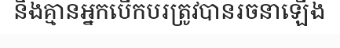
និងគ្មានអ្នកបើកបរត្រូវបានរចនាឡើង